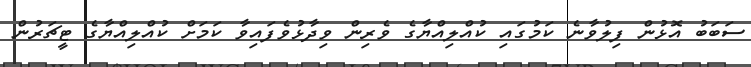
ސަބަބު އޮޅުން ފިލުވާނެ ކަމުގައި ކުއްލިއްޔާގެ ވެރިން ވިދާޅުވެފައިވާ ކަމަށް ކުއްލިއްޔާގެ ޓީޗަރުން